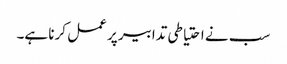
سب نے احتیاطی تدابیر پر عمل کرنا ہے۔